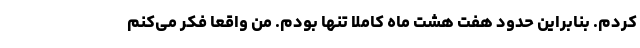
کردم. بنابراین حدود هفت هشت ماه کاملا تنها بودم. من واقعاً فکر می‌کنم